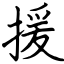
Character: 援